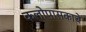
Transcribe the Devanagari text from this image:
कलोपासकाचे